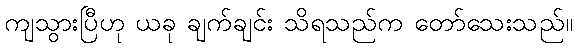
ကျသွားပြီဟု ယခု ချက်ချင်း သိရသည်က တော်သေးသည်။